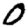
Digit: 0